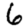
Digit: 6